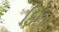
ફિજિ